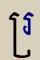
រ្រ